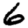
Digit: 6